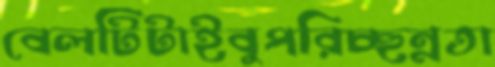
বেলটিটাইবুপরিচ্ছন্নতা